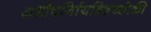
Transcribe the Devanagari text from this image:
अशौचर्निायत्रिशच्छोकी